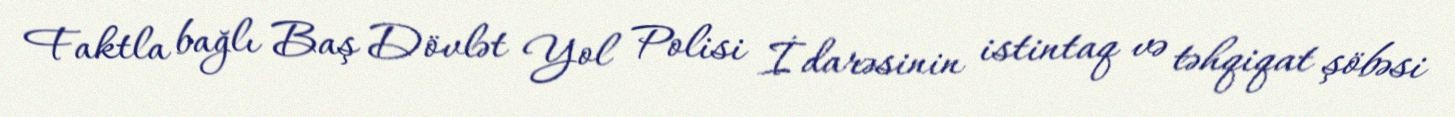
Faktla bağlı Baş Dövlət Yol Polisi İdarəsinin istintaq və təhqiqat şöbəsi